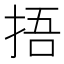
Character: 捂